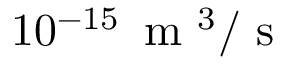
1 0 ^ { - 1 5 } \, \mathrm { ~ m ~ } ^ { 3 } / \mathrm { ~ s ~ }